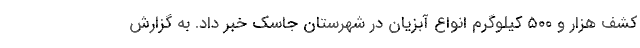
کشف هزار و ۵۰۰ کیلوگرم انواع آبزیان در شهرستان جاسک خبر داد. به گزارش